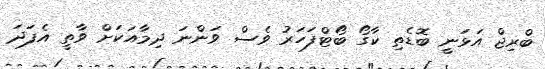
ބްރިޖް އަޅަނީ ބޮޑެތި ކާގޯ ބޯޓްފަހަރު ވެސް ވަންނަ ދިމާއަކަށް ވާތީ އެފަދަ